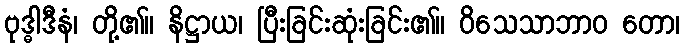
ဗုဒ္ဓါဒီနံ၊ တို့၏။ နိဋ္ဌာယ၊ ပြီးခြင်းဆုံးခြင်း၏။ ဝိသေသာဘာဝ တော၊